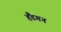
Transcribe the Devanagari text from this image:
हैंडगन